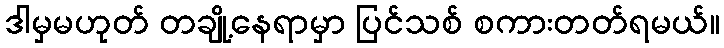
ဒါမှမဟုတ် တချို့နေရာမှာ ပြင်သစ် စကားတတ်ရမယ်။